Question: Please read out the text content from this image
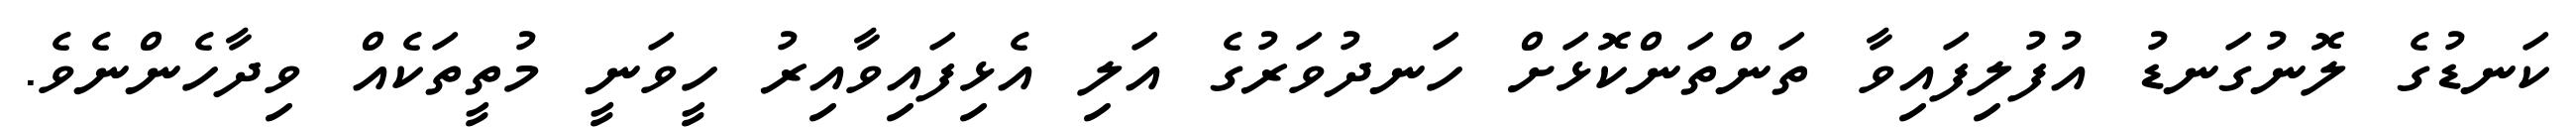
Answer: ކަނޑުގެ ލޮނުގަނޑު އުފުލިފައިވާ ތަންތަންކޮޅަށް ހަނދުވަރުގެ އަލި އެޅިފައިވާއިރު ހީވަނީ މުތީތަކެއް ވިދާހެންނެވެ.